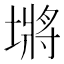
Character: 𪤖